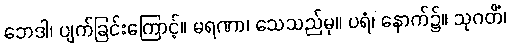
ဘေဒါ၊ ပျက်ခြင်းကြောင့်။ မရဏာ၊ သေသည်မှ။ ပရံ၊ နောက်၌။ သုဂတိံ၊